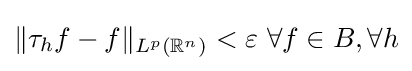
\Vert \tau _{h}f-f\Vert _{L^{p}(\mathbb {R} ^{n})}<\varepsilon \,\,\forall f\in B,\forall h